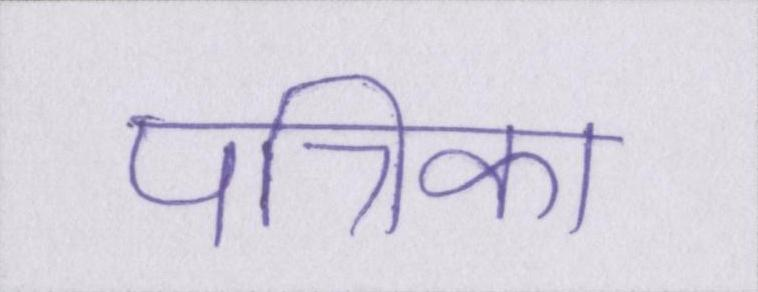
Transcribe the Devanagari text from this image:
पत्रिका